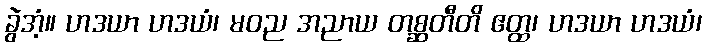
ခွဲအံ့။ ဟဒယာ ဟဒယံ၊ မဝည အညာယ တစ္ဆတီတိ ဧတ္ထ၊ ဟဒယာ ဟဒယံ၊